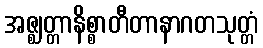
အဇ္ဈတ္တာနိစ္စာတီတာနာဂတသုတ္တံ